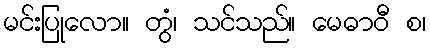
မင်းပြုလော။ တွံ၊ သင်သည်။ မေဓာဝီ စ၊